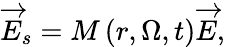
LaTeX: \overrightarrow{E}_{s}=M\left(r,\Omega,t\right)\overrightarrow{E},